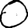
Digit: 0